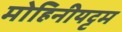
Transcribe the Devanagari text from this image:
मोहिनीयट्टम